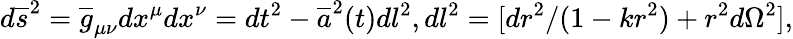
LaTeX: d\overline{{{s}}}^{2}=\overline{{{g}}}_{\mu\nu}dx^{\mu}dx^{\nu}=dt^{2}-\overline{{{a}}}^{2}(t)dl^{2},dl^{2}=[dr^{2}/(1-kr^{2})+r^{2}d\Omega^{2}],